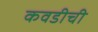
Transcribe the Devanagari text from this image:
कवडीची